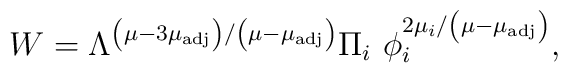
W = \Lambda^{\left( \mu - 3 \mu_{\rm adj} \right)/ \left( \mu - \mu_{\rm adj} \right)}\Pi_i\ \phi_i^{2 \mu_i/\left( \mu - \mu_{\rm adj} \right)},